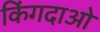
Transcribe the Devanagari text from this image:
किंगदाओ